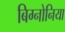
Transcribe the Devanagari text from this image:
बिग्नोनिया